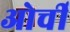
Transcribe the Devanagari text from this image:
ओर्ची